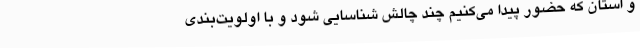
و استان که حضور پیدا می‌کنیم چند چالش شناسایی شود و با اولویت‌بندی